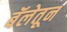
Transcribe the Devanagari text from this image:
बॅलेतून